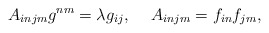
\begin{align*}A_{injm} g^{nm} = \lambda g_{ij}, \hspace{5mm} A_{injm} = f_{in}f_{jm}, \end{align*}